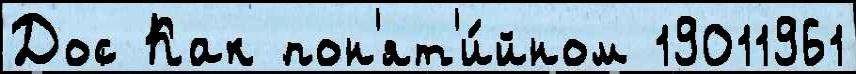
Дос Как пон'ят'и́йном 19011961